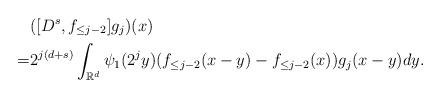
LaTeX: \begin{align*} & ([D^s, f_{\le j-2}] g_j )(x) \\ = & 2^{j(d+s)} \int_{\mathbb R^d} \psi_1(2^j y) (f_{\le j-2}(x-y) -f_{\le j-2}(x) ) g_j(x-y) dy. \end{align*}